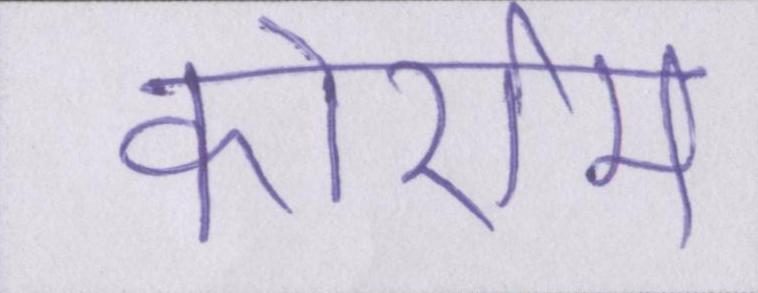
कोर्राम